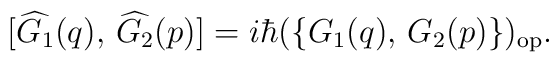
[\widehat{G_1}(q),\, \widehat{G_2}(p)] =i\hbar(\{ G_1(q),\, G_2(p)\} )_{\rm{op}}.